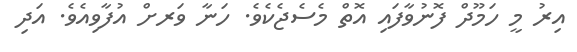
އިރު މީ ހަމޫދް ފޮނުވާފައި އޮތް މެސެޖެކެވެ. ހަނާ ވަރށް އުފާވިއެވެ. އަދި